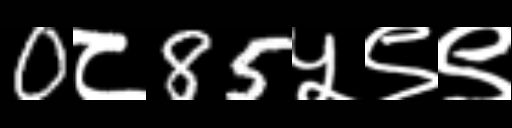
Text: 0८85५९९